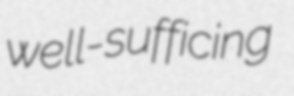
well-sufficing